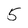
Character: 5